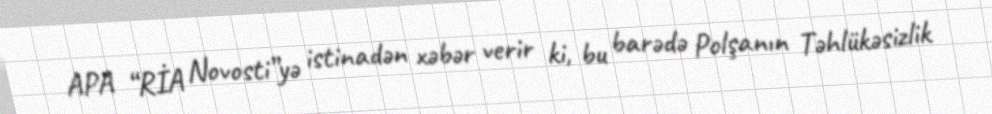
APA “RİA Novosti”yə istinadən xəbər verir ki, bu barədə Polşanın Təhlükəsizlik